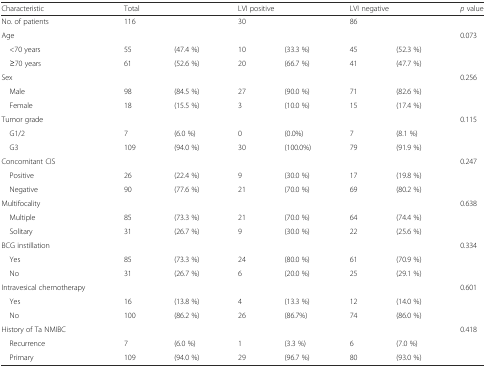
<table><thead><tr><td><b>Characteristic</b></td><td colspan="2"><b>Total</b></td><td colspan="2"><b>LVI positive</b></td><td colspan="2"><b>LVI negative</b></td><td><b><i>p</i> value</b></td></tr></thead><tbody><tr><td>No. of patients</td><td>116</td><td></td><td>30</td><td></td><td>86</td><td></td><td></td></tr><tr><td>Age</td><td></td><td></td><td></td><td></td><td></td><td></td><td>0.073</td></tr><tr><td> &lt;70 years</td><td>55</td><td>(47.4 %)</td><td>10</td><td>(33.3 %)</td><td>45</td><td>(52.3 %)</td><td></td></tr><tr><td> ≥70 years</td><td>61</td><td>(52.6 %)</td><td>20</td><td>(66.7 %)</td><td>41</td><td>(47.7 %)</td><td></td></tr><tr><td>Sex</td><td></td><td></td><td></td><td></td><td></td><td></td><td>0.256</td></tr><tr><td> Male</td><td>98</td><td>(84.5 %)</td><td>27</td><td>(90.0 %)</td><td>71</td><td>(82.6 %)</td><td></td></tr><tr><td> Female</td><td>18</td><td>(15.5 %)</td><td>3</td><td>(10.0 %)</td><td>15</td><td>(17.4 %)</td><td></td></tr><tr><td>Tumor grade</td><td></td><td></td><td></td><td></td><td></td><td></td><td>0.115</td></tr><tr><td> G1/2</td><td>7</td><td>(6.0 %)</td><td>0</td><td>(0.0%)</td><td>7</td><td>(8.1 %)</td><td></td></tr><tr><td> G3</td><td>109</td><td>(94.0 %)</td><td>30</td><td>(100.0%)</td><td>79</td><td>(91.9 %)</td><td></td></tr><tr><td>Concomitant CIS</td><td></td><td></td><td></td><td></td><td></td><td></td><td>0.247</td></tr><tr><td> Positive</td><td>26</td><td>(22.4 %)</td><td>9</td><td>(30.0 %)</td><td>17</td><td>(19.8 %)</td><td></td></tr><tr><td> Negative</td><td>90</td><td>(77.6 %)</td><td>21</td><td>(70.0 %)</td><td>69</td><td>(80.2 %)</td><td></td></tr><tr><td>Multifocality</td><td></td><td></td><td></td><td></td><td></td><td></td><td>0.638</td></tr><tr><td> Multiple</td><td>85</td><td>(73.3 %)</td><td>21</td><td>(70.0 %)</td><td>64</td><td>(74.4 %)</td><td></td></tr><tr><td> Solitary</td><td>31</td><td>(26.7 %)</td><td>9</td><td>(30.0 %)</td><td>22</td><td>(25.6 %)</td><td></td></tr><tr><td>BCG instillation</td><td></td><td></td><td></td><td></td><td></td><td></td><td>0.334</td></tr><tr><td> Yes</td><td>85</td><td>(73.3 %)</td><td>24</td><td>(80.0 %)</td><td>61</td><td>(70.9 %)</td><td></td></tr><tr><td> No</td><td>31</td><td>(26.7 %)</td><td>6</td><td>(20.0 %)</td><td>25</td><td>(29.1 %)</td><td></td></tr><tr><td>Intravesical chemotherapy</td><td></td><td></td><td></td><td></td><td></td><td></td><td>0.601</td></tr><tr><td> Yes</td><td>16</td><td>(13.8 %)</td><td>4</td><td>(13.3 %)</td><td>12</td><td>(14.0 %)</td><td></td></tr><tr><td> No</td><td>100</td><td>(86.2 %)</td><td>26</td><td>(86.7%)</td><td>74</td><td>(86.0 %)</td><td></td></tr><tr><td>History of Ta NMIBC</td><td></td><td></td><td></td><td></td><td></td><td></td><td>0.418</td></tr><tr><td> Recurrence</td><td>7</td><td>(6.0 %)</td><td>1</td><td>(3.3 %)</td><td>6</td><td>(7.0 %)</td><td></td></tr><tr><td> Primary</td><td>109</td><td>(94.0 %)</td><td>29</td><td>(96.7 %)</td><td>80</td><td>(93.0 %)</td><td></td></tr></tbody></table>